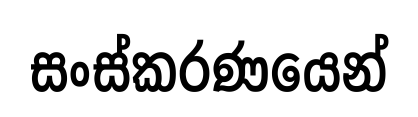
සංස්කරණයෙන්